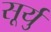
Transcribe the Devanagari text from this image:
सूर्यु